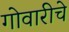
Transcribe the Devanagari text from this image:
गोवारीचे